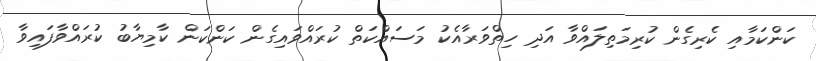
ކަންކަމާއި ކެރިގެން ކުރިމަތިލައްވާ އަދި ހިތްވަރާއެކު މަސައްކަތް ކުރައްވައިގެން ކަންކަން ކާމިޔާބު ކުރައްވާފައިވާ